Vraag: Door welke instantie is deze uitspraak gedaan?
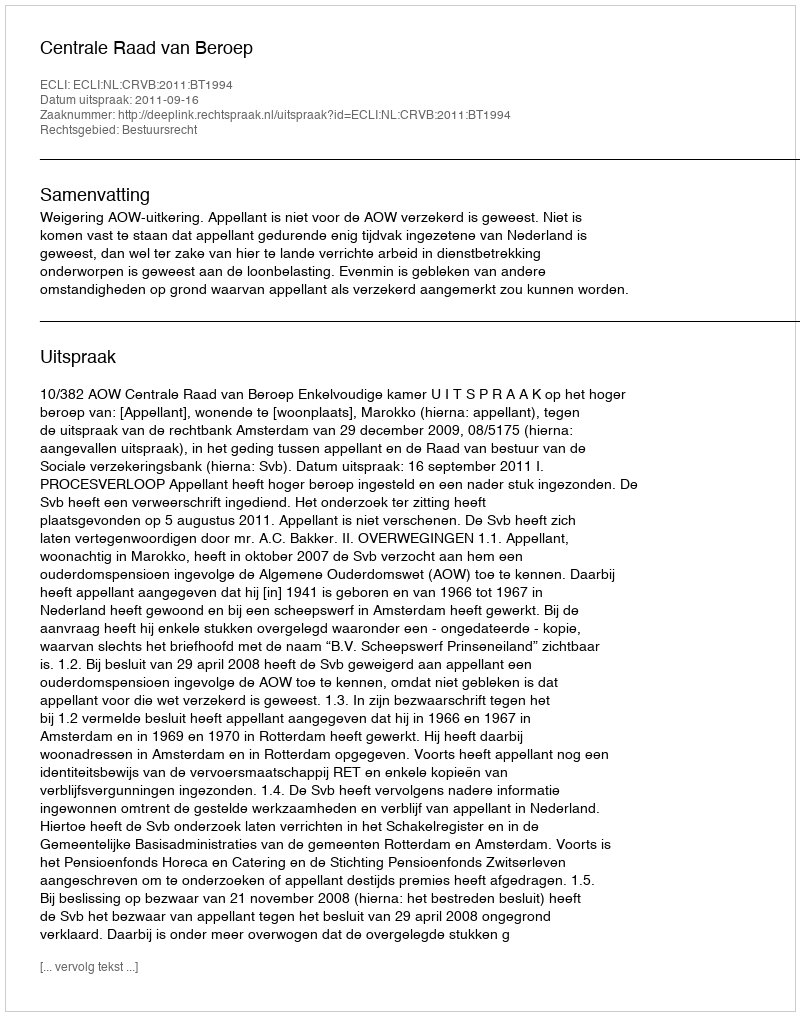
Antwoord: Centrale Raad van Beroep